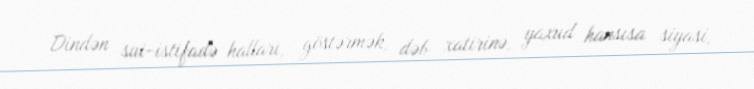
Dindən sui-istifadə halları, göstərmək, dəb xatirinə, yaxud hansısa siyasi,